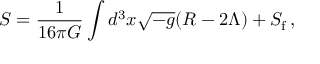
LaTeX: S = \frac { 1 } { 1 6 \pi G } \int d ^ { 3 } x \sqrt { - g } ( R - 2 \Lambda ) + S _ { \mathrm { f } } \, ,